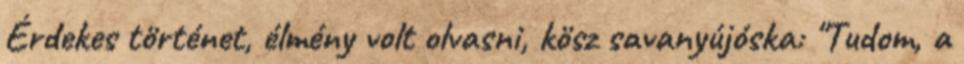
Érdekes történet, élmény volt olvasni, kösz savanyújóska: "Tudom, a